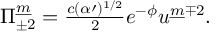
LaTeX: \Pi _ { \pm 2 } ^ { \underline { { m } } } = { \textstyle \frac { c ( \alpha \prime ) ^ { 1 / 2 } } { 2 } } e ^ { - \phi } u ^ { \underline { { m } } \mp 2 } .